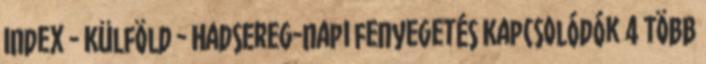
Index - Külföld - Hadsereg-napi fenyegetés Kapcsolódók 4 Több